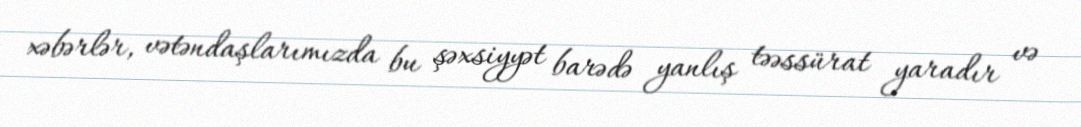
xəbərlər, vətəndaşlarımızda bu şəxsiyyət barədə yanlış təəssürat yaradır və